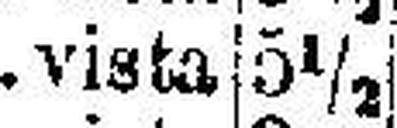
vista 5½